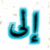
إلى